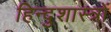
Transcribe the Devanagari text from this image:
हिन्दुशास्त्रों